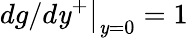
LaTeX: \left.dg/d\mathit{y}^{+}\right|_{\mathit{y}=0}=1